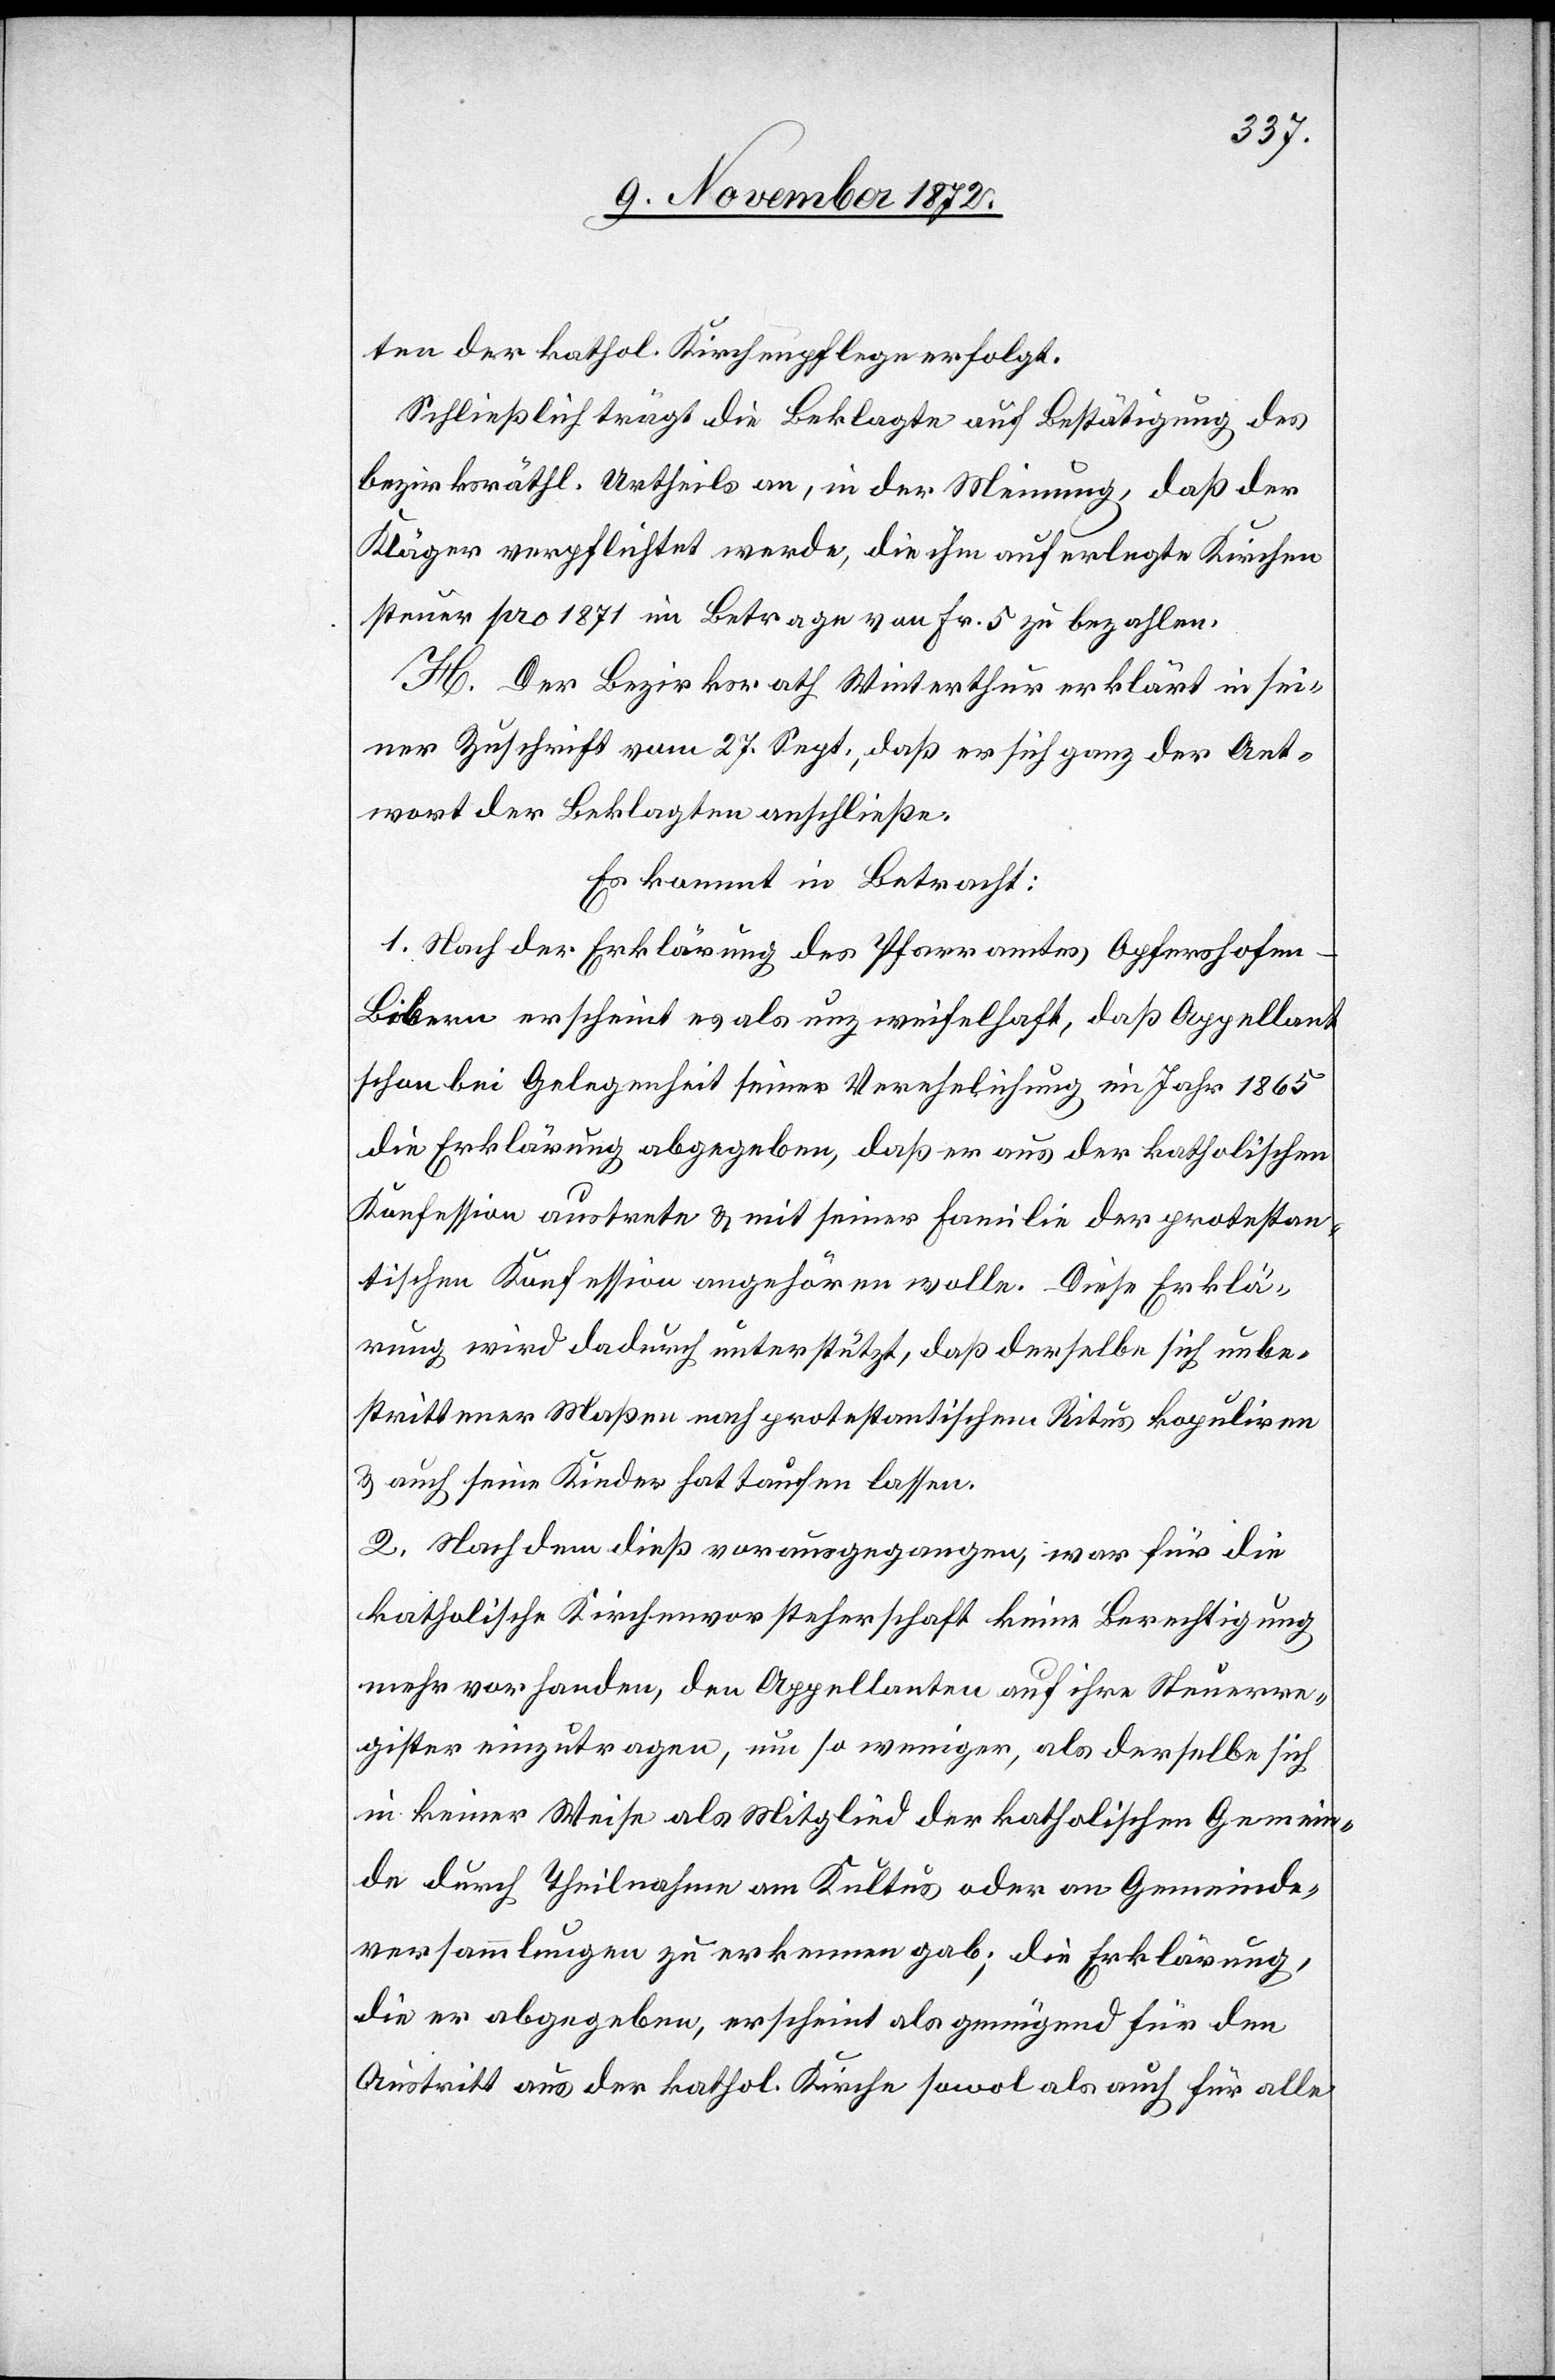
ten der kathol. Kirchenpflege erfolgt.
Schließlich trägt die Beklagte auf Bestätigung des
bezirksräthl. Urtheils an, in der Meinung, daß der
Kläger verpflichtet werde, die ihm auferlegte Kirchen¬
steuer pro 1871 im Betrage von Fr. 5 zu bezahlen.
H. Der Bezirksrath Winterthur erklärt in sei¬
ner Zuschrift vom 27. Sept., daß er sich ganz der Ant¬
wort der Beklagten anschließe.
Es kommt in Betracht:
1. Nach der Erklärung des Pfarramtes Opfershofe¬
n–Bibern erscheint es als unzweifelhaft, daß Appellant
schon bei Gelegenheit seiner Verehelichung im Jahr 1865
die Erklärung abgegeben, daß er aus der katholischen
Konfession austrete u. mit seiner Familie der protestan¬
tischen Konfession angehören wolle. Diese Erklä¬
rung wird dadurch unterstützt, daß derselbe sich unbe¬
strittener Maßen nach protestantischem Ritus kopuliren
u. auch seine Kinder hat taufen lassen.
2. Nachdem dieß vorausgegangen, war für die
katholische Kirchenvorsteherschaft keine Berechtigung
mehr vorhanden, den Appellanten auf ihre Steuerre¬
gister einzutragen, um so weniger, als derselbe sich
in keiner Weise als Mitglied der katholischen Gemein¬
de durch Theilnahme am Kultus oder an Gemeinde¬
versammlungen zu erkennen gab; die Erklärung,
die er abgegeben, erscheint als genügend für den
Austritt aus der kathol. Kirche sowol als auch für alle